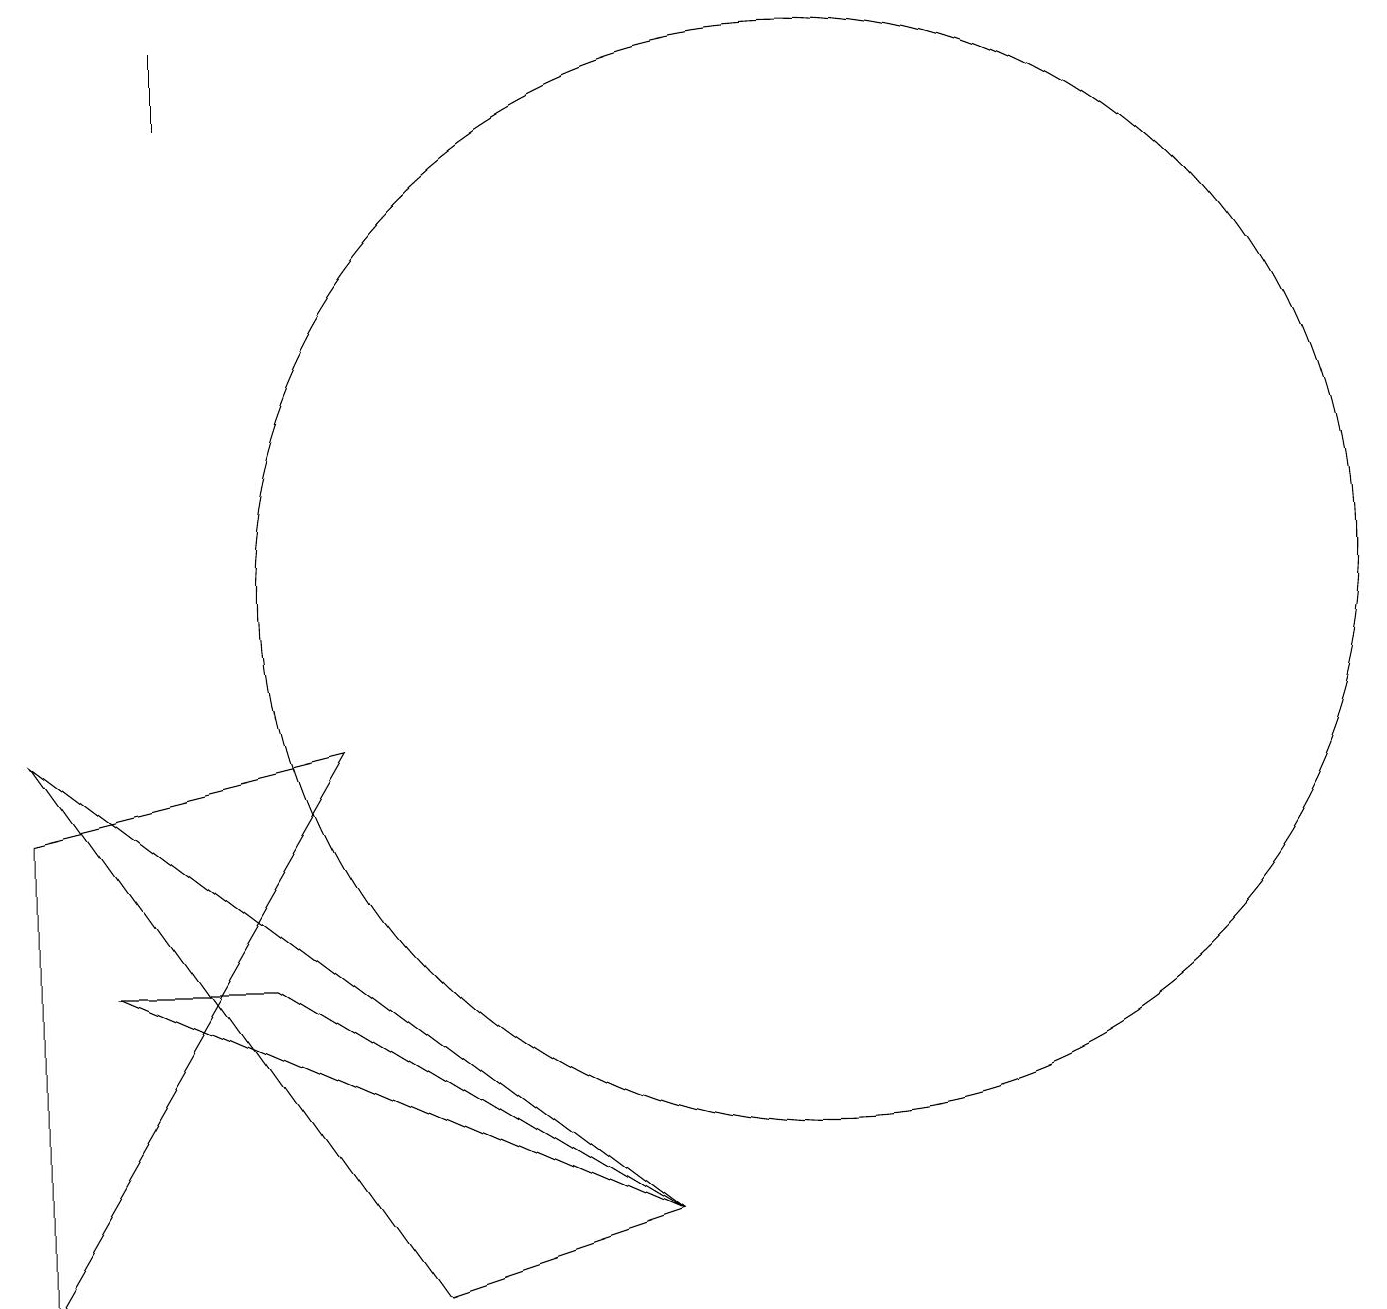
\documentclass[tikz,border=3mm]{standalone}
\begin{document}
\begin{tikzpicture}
\draw (3,17) rectangle (3,18);
\draw (1,8) -- (1,2) -- (5,9) -- cycle;
\draw (11,11) circle (7);
\draw (9,3) -- (1,9) -- (6,2) -- cycle;
\draw (2,6) -- (4,6) -- (9,3) -- cycle;
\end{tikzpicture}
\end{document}